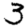
Digit: 3